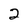
Character: 2